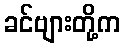
ခင်ဗျားတို့က